Indian journal of veterinary science and animal husbandry - Volumes 18-21, 1948-1951
Year: 1948
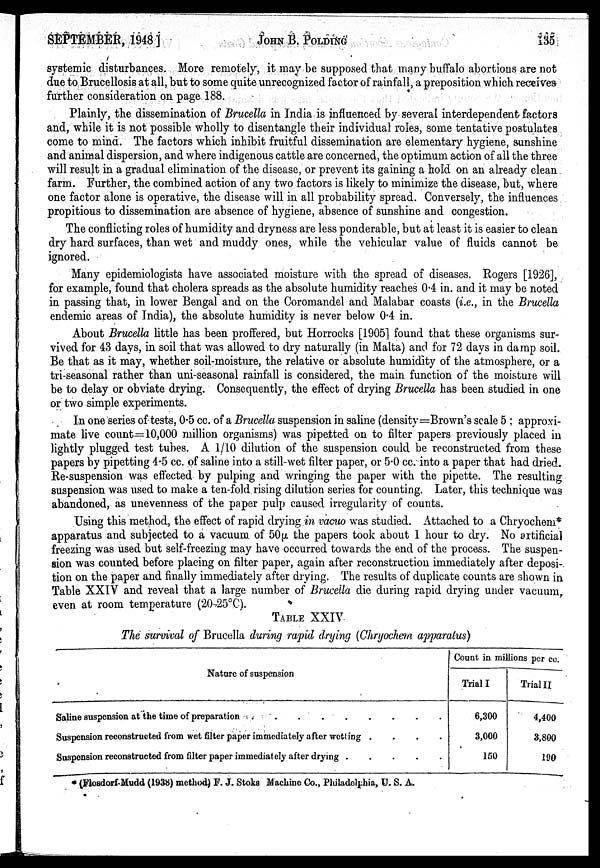
SEPTEMBER, 1948]
JOHN
B.
POLDING
135
systemic disturbances. More remotely, it may be supposed that many buffalo abortions are not
due to Brucellosis at all, but to some quite unrecognized factor of rainfall, a preposition which receives
further consideration on page 188.
Plainly, the dissemination of Brucella in India is influenced by several interdependent factors
and, while it is not possible wholly to disentangle their individual roles, some tentative postulates
come to mind. The factors which inhibit fruitful dissemination are elementary hygiene, sunshine
and animal dispersion, and where indigenous cattle are concerned, the optimum action of all the three
will result in a gradual elimination of the disease, or prevent its gaining a hold on an already clean
farm. Further, the combined action of any two factors is likely to minimize the disease, but, where
one factor alone is operative, the disease will in all probability spread. Conversely, the influences
propitious to dissemination are absence of hygiene, absence of sunshine and congestion.
The conflicting roles of humidity and dryness are less ponderable, but at least it is easier to clean
dry hard surfaces, than wet and muddy ones, while the vehicular value of fluids cannot be
ignored.
Many epidemiologists have associated moisture with the spread of diseases. Rogers [1926],
for example, found that cholera spreads as the absolute humidity reaches 0.4 in. and it may be noted
in passing that, in lower Bengal and on the Coromandel and Malabar coasts (i.e., in the Brucella
endemic areas of India), the absolute humidity is never below 0.4 in.
About Brucella little has been proffered, but Horrocks [1905] found that these organisms sur-
vived for 43 days, in soil that was allowed to dry naturally (in Malta) and for 72 days in damp soil.
Be that as it may, whether soil-moisture, the relative or absolute humidity of the atmosphere, or a
tri-seasonal rather than uni-seasonal rainfall is considered, the main function of the moisture will
be to delay or obviate drying. Consequently, the effect of drying Brucella has been studied in one
or two simple experiments.
In one series of tests, 0.5 cc. of a Brucella suspension in saline (density=Brown's scale 5 ; approxi-
mate live count=10,000 million organisms) was pipetted on to filter papers previously placed in
lightly plugged test tubes. A 1/10 dilution of the suspension could be reconstructed from these
papers by pipetting 4.5 cc. of saline into a still-wet filter paper, or 5.0 cc. into a paper that had dried.
Re-suspension was effected by pulping and wringing the paper with the pipette. The resulting
suspension was used to make a ten-fold rising dilution series for counting. Later, this technique was
abandoned, as unevenness of the paper pulp caused irregularity of counts.
Using this method, the effect of rapid drying in vacuo was studied. Attached to a Chryochem*
apparatus and subjected to a vacuum of 50µ the papers took about 1 hour to dry. No artificial
freezing was used but self-freezing may have occurred towards the end of the process. The suspen-
sion was counted before placing on filter paper, again after reconstruction immediately after deposi-
tion on the paper and finally immediately after drying. The results of duplicate counts are shown in
Table XXIV and reveal that a large number of Brucella die during rapid drying under vacuum,
even at room temperature (20-25°C).
TABLE XXIV
The survival of Brucella during rapid drying (Chryochem apparatus)
Nature of suspension
Saline suspension at the time of preparation . . . . . . . . .
Suspension reconstructed from wet filter paper immediately after wetting
.
.
.
.
Suspension reconstructed from filter paper immediately after drying
.
.
.
.
Count in millions per cc.
Trial I
6,300
3,000
150
Trial II
4,400
3,800
190
* (Flosdorf-Mudd (1938) method) F. J. Stoks Machine Co., Philadelphia, U. S. A.